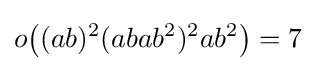
o{\bigl (}(ab)^{2}(abab^{2})^{2}ab^{2}{\bigr )}=7